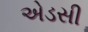
એડસી